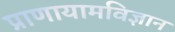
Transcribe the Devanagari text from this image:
प्राणायामविज्ञान